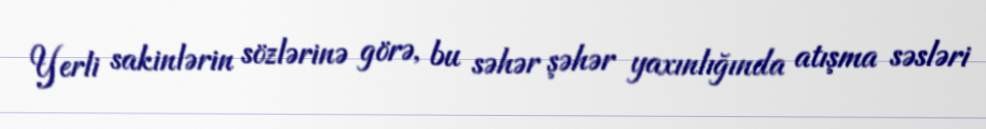
Yerli sakinlərin sözlərinə görə, bu səhər şəhər yaxınlığında atışma səsləri